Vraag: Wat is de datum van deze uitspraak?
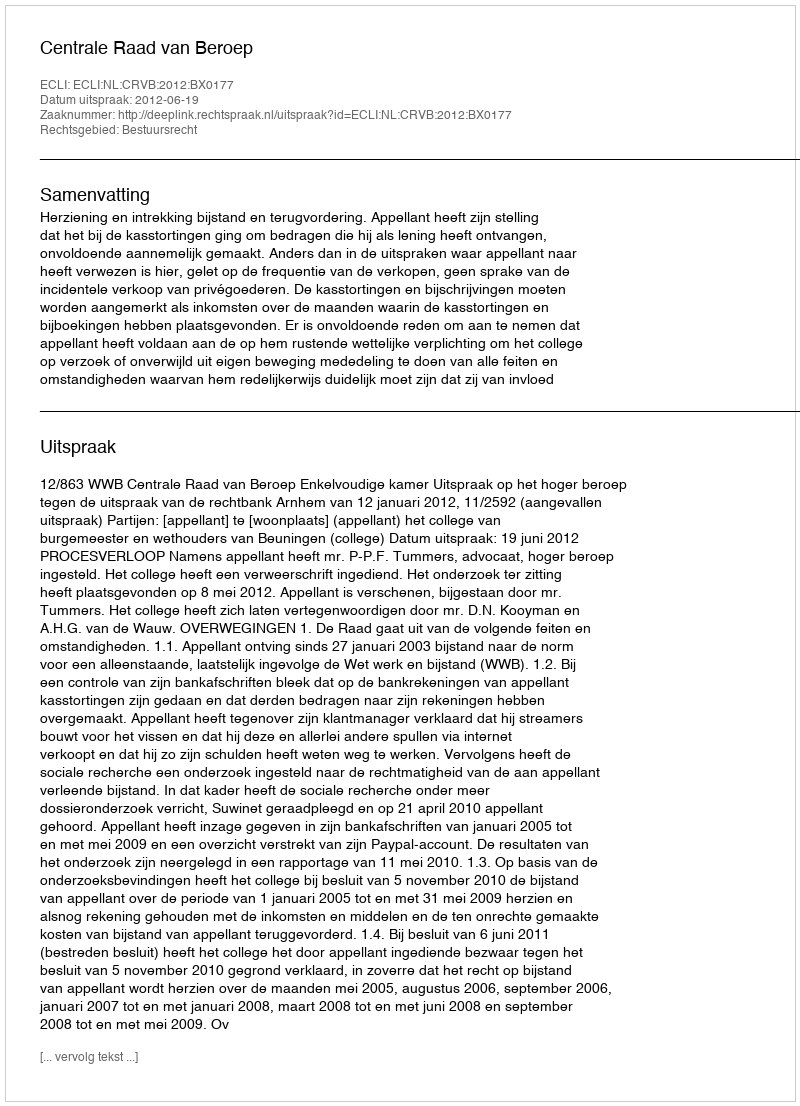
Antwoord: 2012-06-19